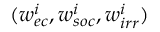
( w _ { e c } ^ { i } , w _ { s o c } ^ { i } , w _ { i r r } ^ { i } )